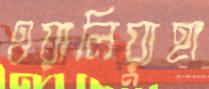
ওয়ালিয়্যুহা